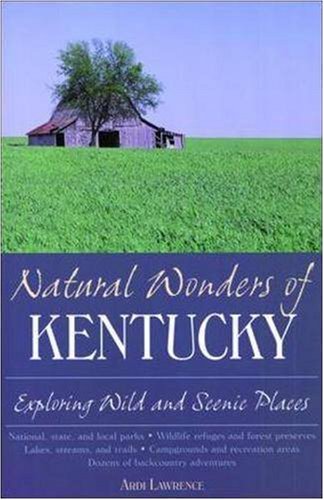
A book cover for Natural Wonders of Kentucky; Ardi Lawrence; Travel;